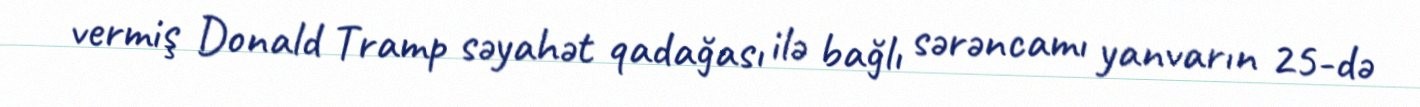
vermiş Donald Tramp səyahət qadağası ilə bağlı sərəncamı yanvarın 25-də